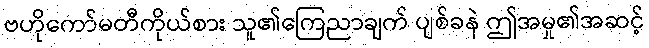
ဗဟိုကော်မတီကိုယ်စား သူ၏ကြေညာချက် ပျစ်ခနဲ ဤအမှု၏အဆင့်